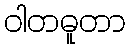
ဝါတဓူတာ